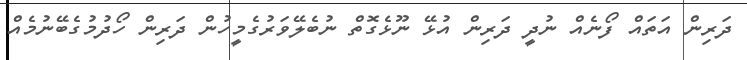
ދަަރިން އަތައް ފޯނެއް ނުދީ ދަރިން އުޅޭ ނޫޅެގޮތް ނުބެލޭވަރުގެމީހުން ދަރިން ހޯދުމުގެބޭނުމެއް